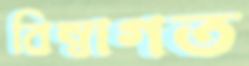
বিম্বাগত